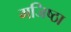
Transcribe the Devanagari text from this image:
मजिष्‍ठा